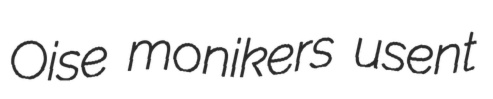
Oise monikers usent